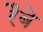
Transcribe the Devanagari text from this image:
रैबे